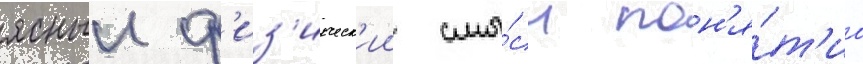
ясныи ф'из'ическ'ии смы́сл пон'я́т'иа